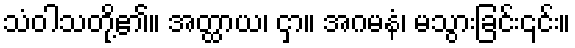
သံဝါသတို့၏။ အတ္ထာယ၊ ငှာ။ အဂမနံ၊ မသွားခြင်း၎င်း။